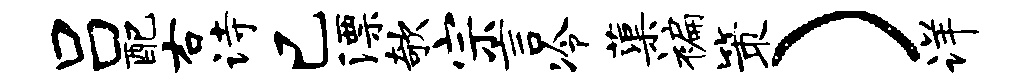
吕配右诗已漂欹宗言冷蕖褊策）详